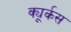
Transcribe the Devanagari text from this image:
क्यूर्कस